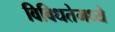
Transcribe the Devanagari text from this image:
विविधतेमध्ये